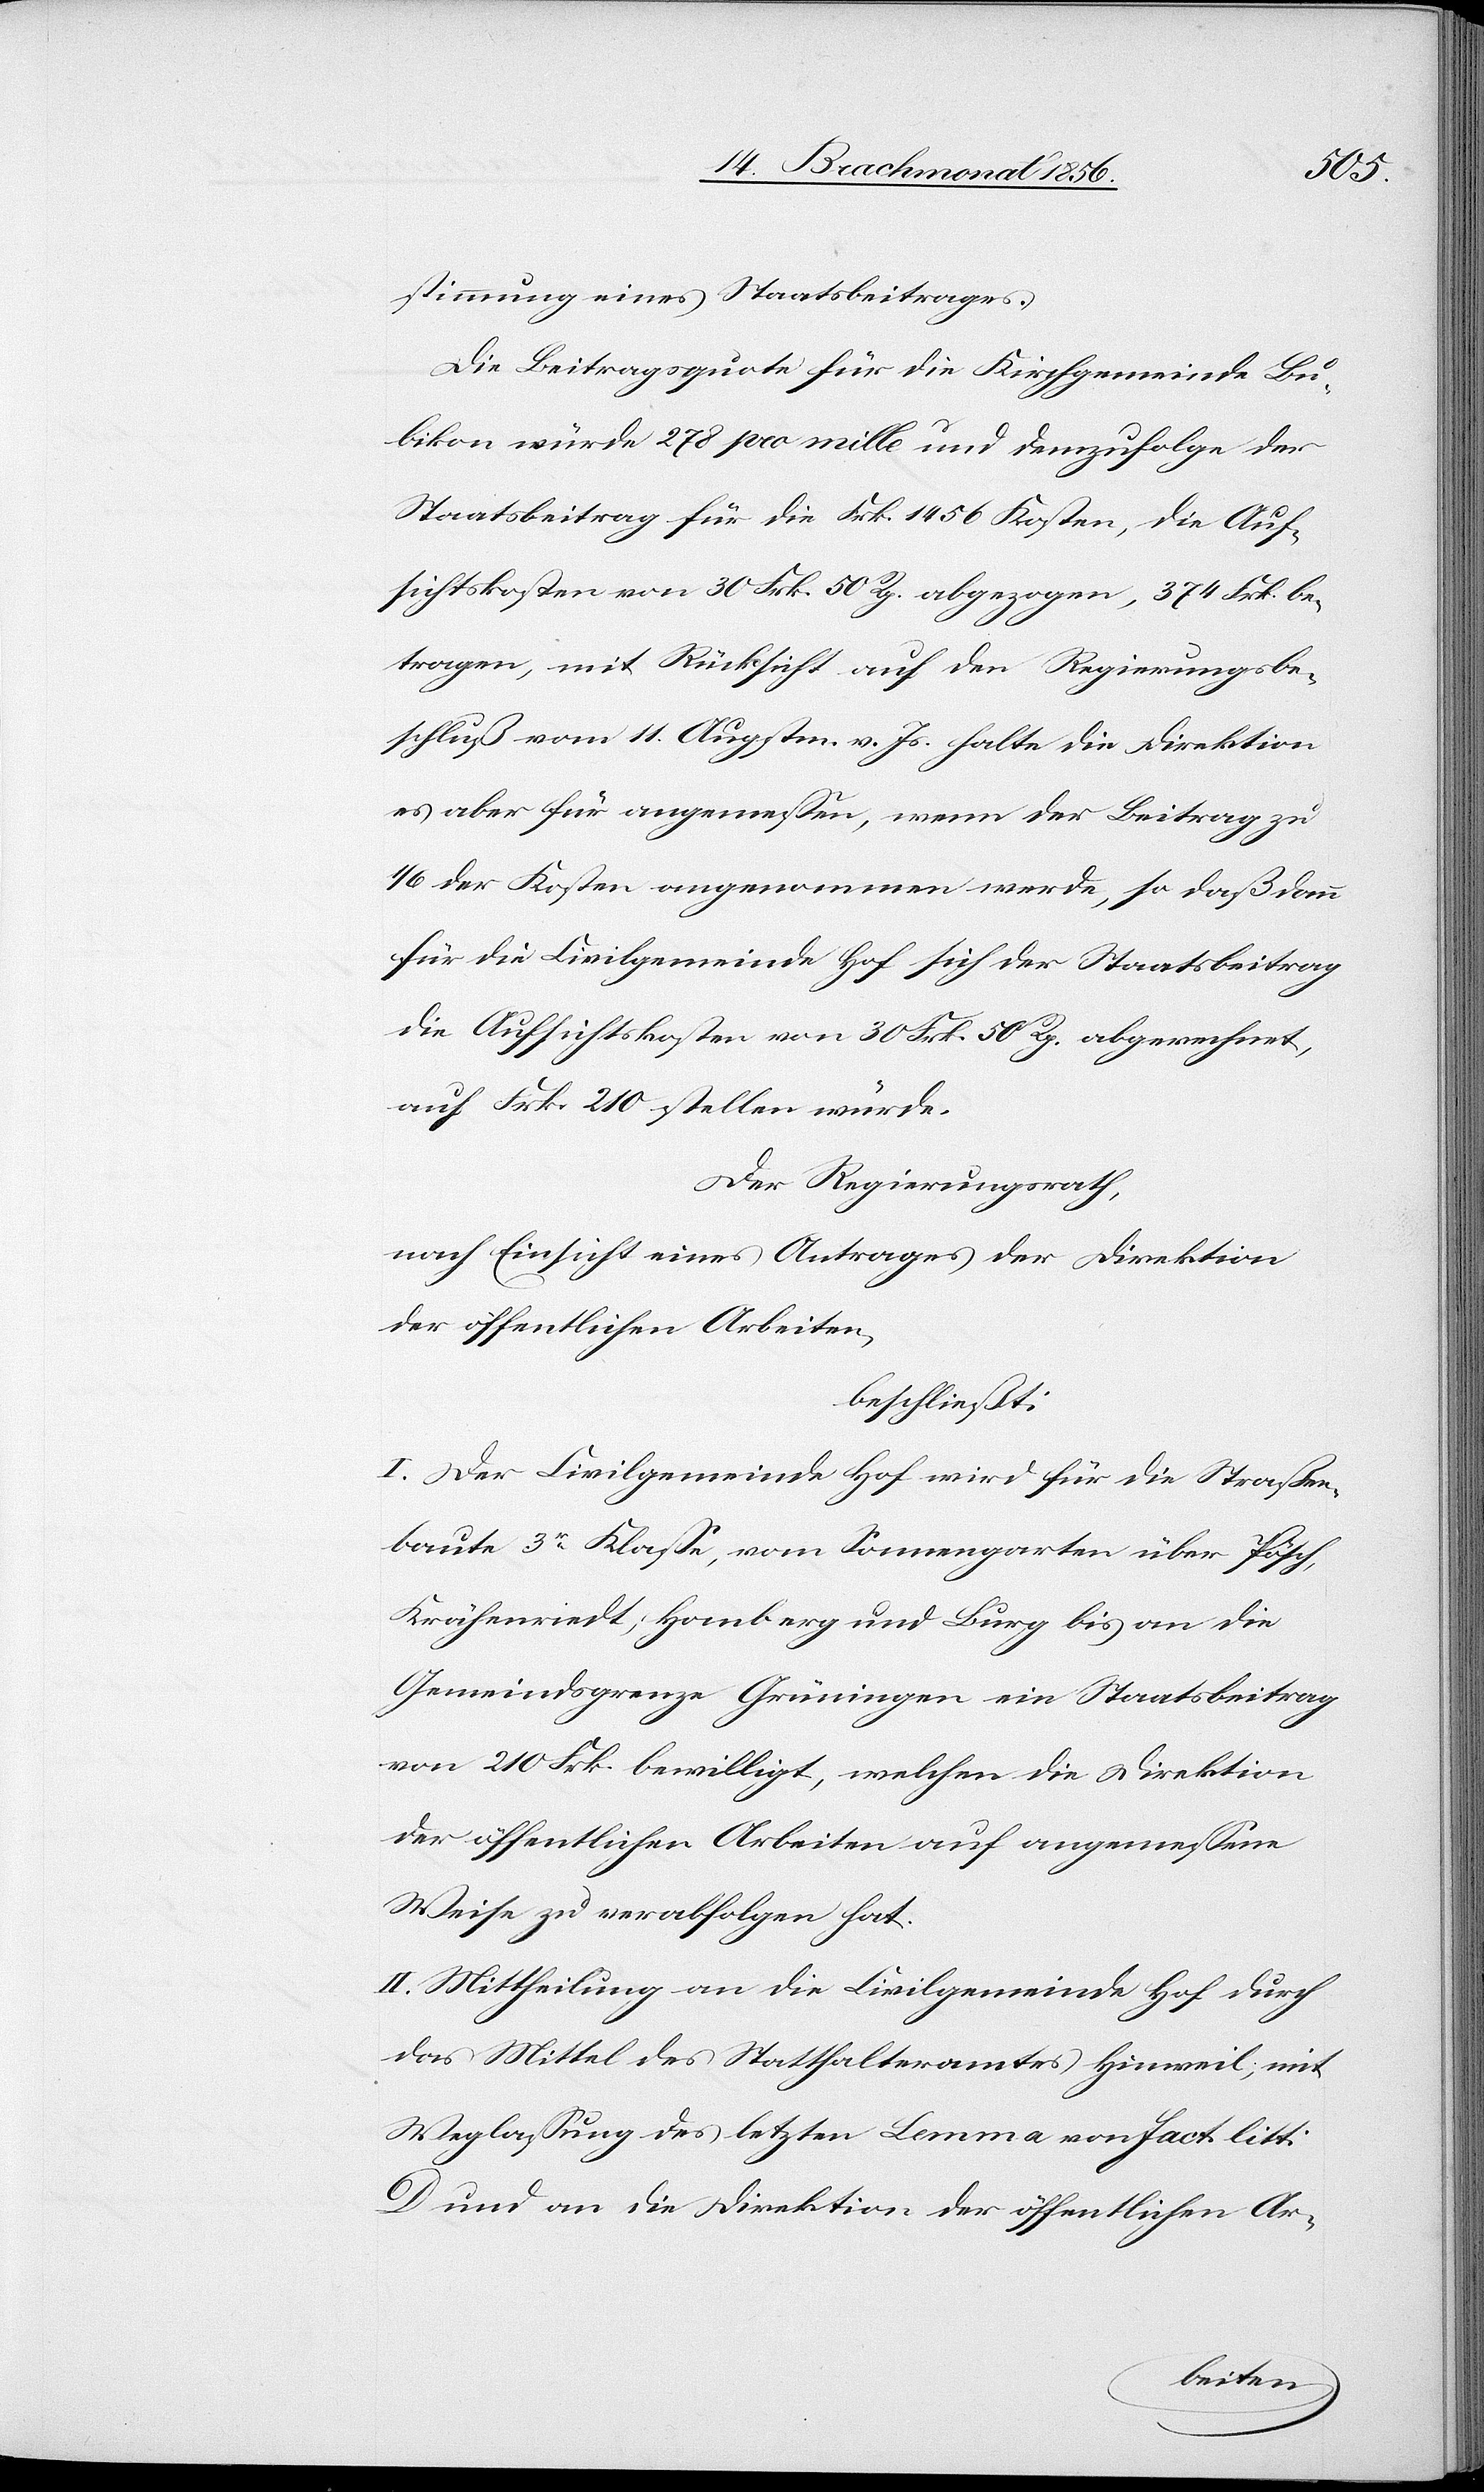
stimmung eines Staatsbeitrages.
Die Beitragsquote für die Kirchgemeinde Bu¬
bikon würde 278 pro mille und demzufolge der
Staatsbeitrag für die Frk. 1456 Kosten, die Auf¬
sichtskosten von 30 Frk. 50 Rp. abgezogen, 374 Frk. be¬
tragen, mit Rücksicht auf den Regierungsbe¬
schluß vom 11. Augsten. v. Js. halte die Direktion
es aber für angemessen, wenn der Beitrag zu
1/6 der Kosten angenommen werde, so daß dann
für die Civilgemeinde Hof sich der Staatsbeitrag
die Aufsichtskosten von 30 Frk. 50 Rp. abgerechnet,
auf Frk. 210 stellen würde.
Der Regierungsrath,
nach Einsicht eines Antrages der Direktion
der öffentlichen Arbeiten,
beschließt:
I. Der Civilgemeinde Hof wird für die Straßen¬
baute 3r Klasse, vom Sonnengarten über Pösch,
Krähenriedt, Homberg und Burg bis an die
Gemeindsgrenze Grüningen ein Staatsbeitrag
von 210 Frk. bewilligt, welchen die Direktion
der öffentlichen Arbeiten auf angemessene
Weise zu verabfolgen hat.
II. Mittheilung an die Civilgemeinde Hof durch
das Mittel des Statthalteramtes Hinweil, mit
Weglassung des letzten Lemma von fact. litt:
D und an die Direktion der öffentlichen Ar-